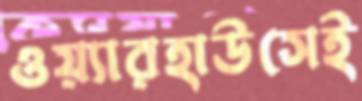
ওয়্যারহাউসেই